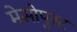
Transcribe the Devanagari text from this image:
मेसोपुस्ट